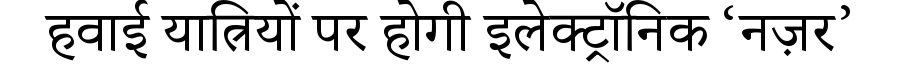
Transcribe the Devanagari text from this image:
हवाई यात्रियों पर होगी इलेक्ट्रॉनिक ‘नज़र’